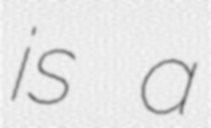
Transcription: is a